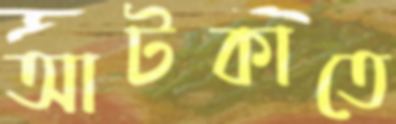
আটকাতে